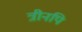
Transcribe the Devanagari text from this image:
त्रीनपि